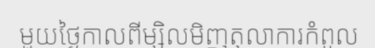
មួយថ្ងៃកាលពីម្សិលមិញតុលាការកំពូល